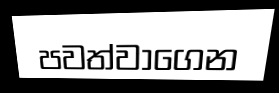
පවත්වාගෙන